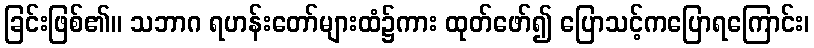
ခြင်းဖြစ်၏။ သဘာဂ ရဟန်းတော်များထံ၌ကား ထုတ်ဖော်၍ ပြောသင့်ကပြောရကြောင်း၊